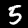
Label: 5